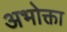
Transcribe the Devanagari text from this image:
अभोक्ता